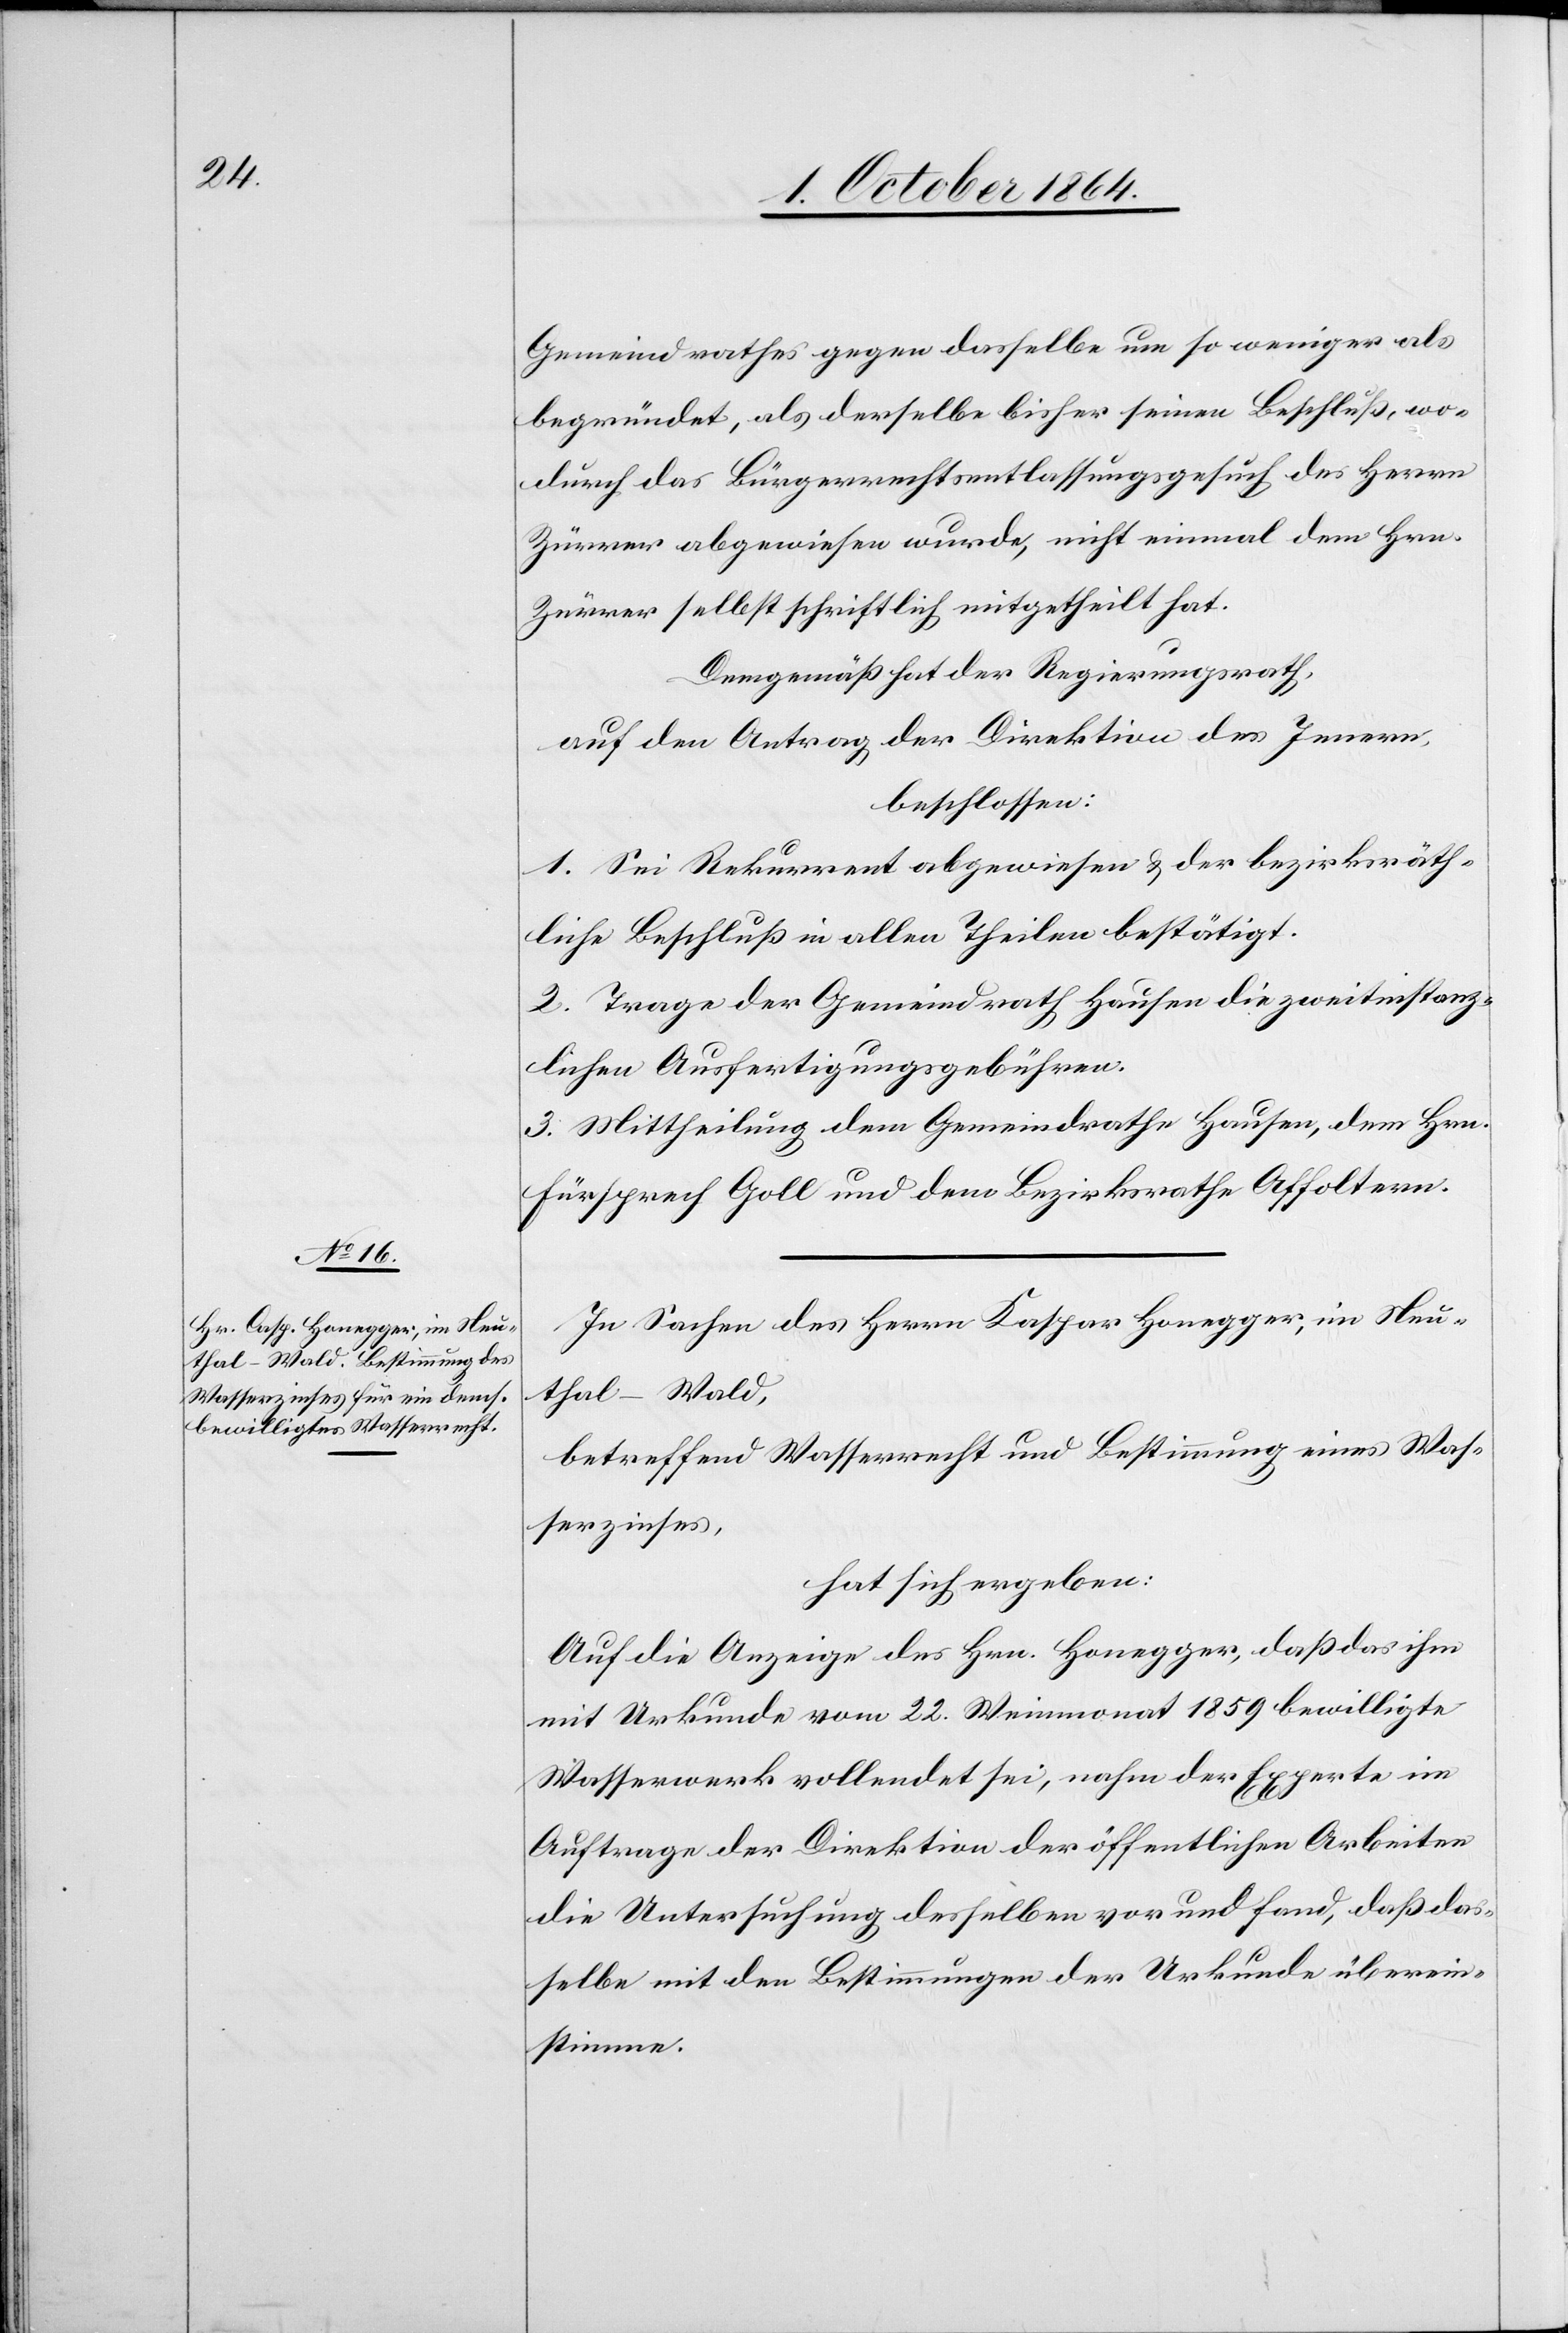
Gemeindrathes gegen dasselbe um so weniger als
begründet, als derselbe bisher seinen Beschluß, wo¬
durch das Bürgerrechtsentlassungsgesuch des Herrn
Zürrer abgewiesen wurde, nicht einmal dem Hrn.
Zürrer selbst schriftlich mitgetheilt hat.
Demgemäß hat der Regierungsrath,
auf den Antrag der Direktion des Innern,
beschlossen:
1. Sei Rekurrent abgewiesen & der bezirksräth¬
liche Beschluß in allen Theilen bestätigt.
2. Trage der Gemeindrath Hausen die zweitinstanz¬
lichen Ausfertigungsgebühren.
3. Mittheilung dem Gemeindrathe Hausen, dem Hrn.
Fürsprech Goll und dem Bezirksrathe Affoltern.
In Sachen des Herrn Kaspar Honegger, in Neu¬
thal-Wald,
betreffend Wasserrecht und Bestimmung eines Was¬
serzinses,
hat sich ergeben:
Auf die Anzeige des Hrn. Honegger, daß das ihm
mit Urkunde vom 22. Weinmonat 1859 bewilligte
Wasserwerk vollendet sei, nahm der Experte im
Auftrage der Direktion der öffentlichen Arbeiten
die Untersuchung desselben vor und fand, daß das¬
selbe mit den Bestimmungen der Urkunde überein¬
stimme.